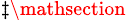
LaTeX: ^{\ddagger\mathsection}